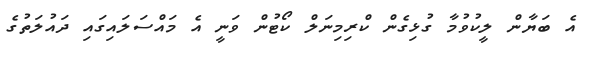
އެ ބަޔާން ލީކުވުމާ ގުޅިގެން ކްރިމިނަލް ކޯޓުން ވަނީ އެ މައްސަލައިގައި ދައުލަތުގެ